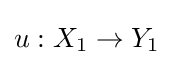
u:X_{1}\to Y_{1}